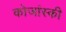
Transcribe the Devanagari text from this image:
कोजांस्की